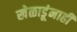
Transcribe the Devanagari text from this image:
खेळाडूंनाही